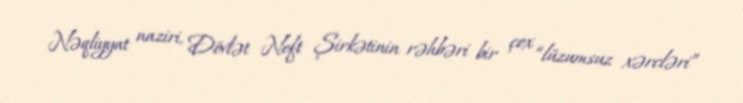
Nəqliyyat naziri, Dövlət Neft Şirkətinin rəhbəri bir çox “lüzumsuz xərcləri”